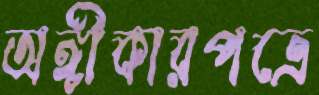
অঙ্গীকারপত্রে